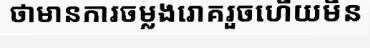
ថាមានការចម្លងរោគរួចហើយមិន